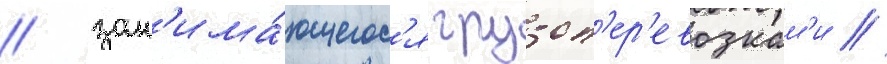
/ зан'има́ющегос'я грузоп'ер'евозкам'и //